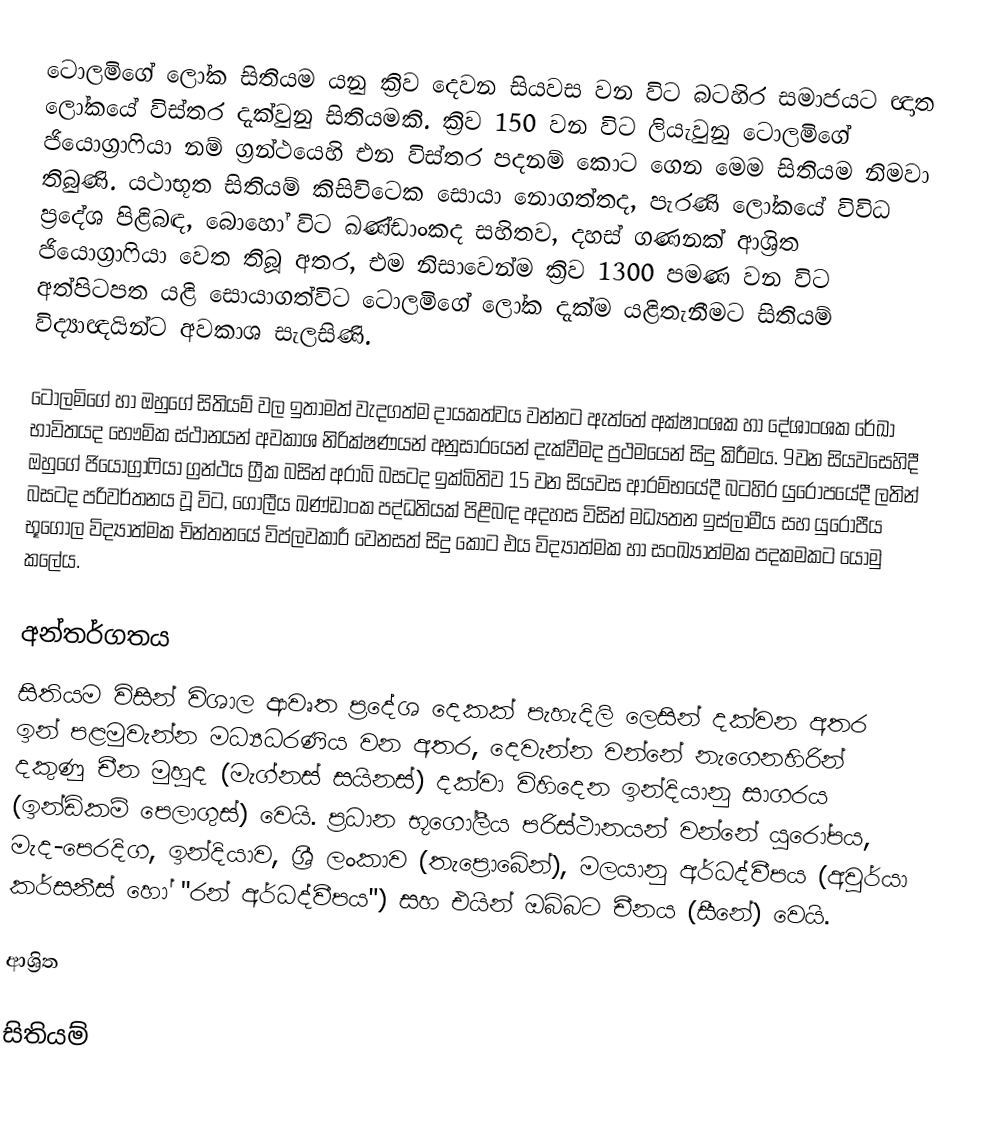
ටොලමිගේ ලෝක සිතියම යනු ක්‍රිව දෙවන සියවස වන විට බටහිර සමාජයට ඥාත ලෝකයේ විස්තර දැක්වුනු සිතියමකි. ක්‍රිව 150 වන විට ලියැවුනු ටොලමිගේ  ජියොග්‍රාෆියා නම් ග්‍රන්ථයෙහි එන විස්තර පදනම් කොට ගෙන මෙම සිතියම නිමවා තිබුණි. යථාභූත සිතියම් කිසිවිටෙක සොයා නොගත්තද, පැරණි ලෝකයේ විවිධ ප්‍රදේශ  පිළිබඳ, බොහෝ විට ඛණ්ඩාංකද සහිතව, දහස් ගණනක් ආශ්‍රිත  ජියොග්‍රාෆියා වෙත තිබූ අතර, එම නිසාවෙන්ම  ක්‍රිව 1300 පමණ වන විට අත්පිටපත යළි සොයාගත්විට ටොලමිගේ ලෝක දැක්ම යළිතැනීමට සිතියම් විද්‍යාඥයින්ට අවකාශ සැලසිණි.

ටොලමිගේ හා ඔහුගේ සිතියම් වල ඉතාමත් වැදගත්ම දායකත්වය වන්නට ඇත්තේ අක්ෂාංශක හා දේශාංශක රේඛා භාවිතයද භෞමික ස්ථානයන් අවකාශ නිරික්ෂණයන් අනුසාරයෙන් දැක්වීමද ප්‍රථමයෙන් සිදු කිරීමය. 9වන සියවසෙහිදී ඔහුගේ ජියොග්‍රාෆියා ග්‍රන්ථය ග්‍රීක බසින්  අරාබි බසටද ඉක්බිතිව 15 වන සියවස ආරම්භයේදී  බටහිර යුරෝපයේදී ලතින් බසටද පරිවර්තනය වූ විට, ගෝලීය ඛණ්ඩාංක පද්ධතියක් පිළිබඳ අදහස විසින් මධ්‍යතන ඉස්ලාමීය සහ යුරෝපීය භූගෝල විද්‍යාත්මක චින්තනයේ  විප්ලවකාරී වෙනසත් සිදු  කොට එය විද්‍යාත්මක හා සංඛ්‍යාත්මක පදකමකට යොමු කලේය.

අන්තර්ගතය
සිතියම විසින් විශාල ආවෘත ප්‍රදේශ දෙකක් පැහැදිලි ලෙසින් දක්වන අතර ඉන් පළමුවැන්න   මධ්‍යධරණිය වන අතර, දෙවැන්න වන්නේ  නැගෙනහිරින් දකුණු චීන මුහුද (මැග්නස් සයිනස්) දක්වා විහිදෙන  ඉන්දියානු සාගරය (ඉන්ඩිකම් පෙලාගුස්) වෙයි. ප්‍රධාන භූගෝලීය පරිස්ථානයන් වන්නේ යුරෝපය, මැද-පෙරදිග, ඉන්දියාව,  ශ්‍රී ලංකාව (තැප්‍රොබේන්), මලයානු අර්ධද්වීපය (අවුර්යා කර්සනීස් හෝ "රන් අර්ධද්වීපය") සහ එයින් ඔබ්බට චීනය (සීනේ) වෙයි.

ආශ්‍රිත

සිතියම්